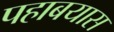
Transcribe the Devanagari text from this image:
पहाबयास